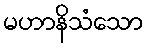
မဟာနိသံသော